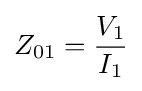
{Z_{01}}={\frac {V_{1}}{I_{1}}}